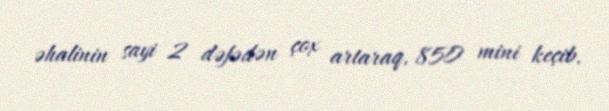
əhalinin sayi 2 dəfədən çox artaraq, 850 mini keçib.